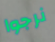
نرجوا